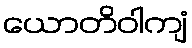
ယောတိဝါကျံ